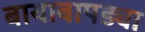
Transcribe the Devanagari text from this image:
बायाबापड्या